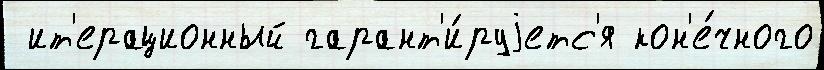
 ит'ерационный гарант'и́руjетс'я кон'е́чного